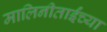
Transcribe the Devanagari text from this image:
मालिनीताईंच्या